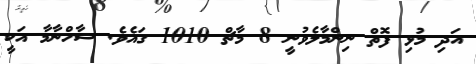
އަދި މުޅި ފޮތް ނިންމާލެވުނީ 8 މާޗް 1010 ގައެވެ. ޝާހްނާމާ އަކީ